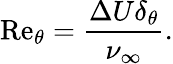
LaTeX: {\mathrm{Re}_{\theta}}=\frac{\Delta U\delta_{\theta}}{\nu_{\infty}}.